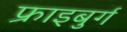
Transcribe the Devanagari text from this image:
फ्राइबुर्ग